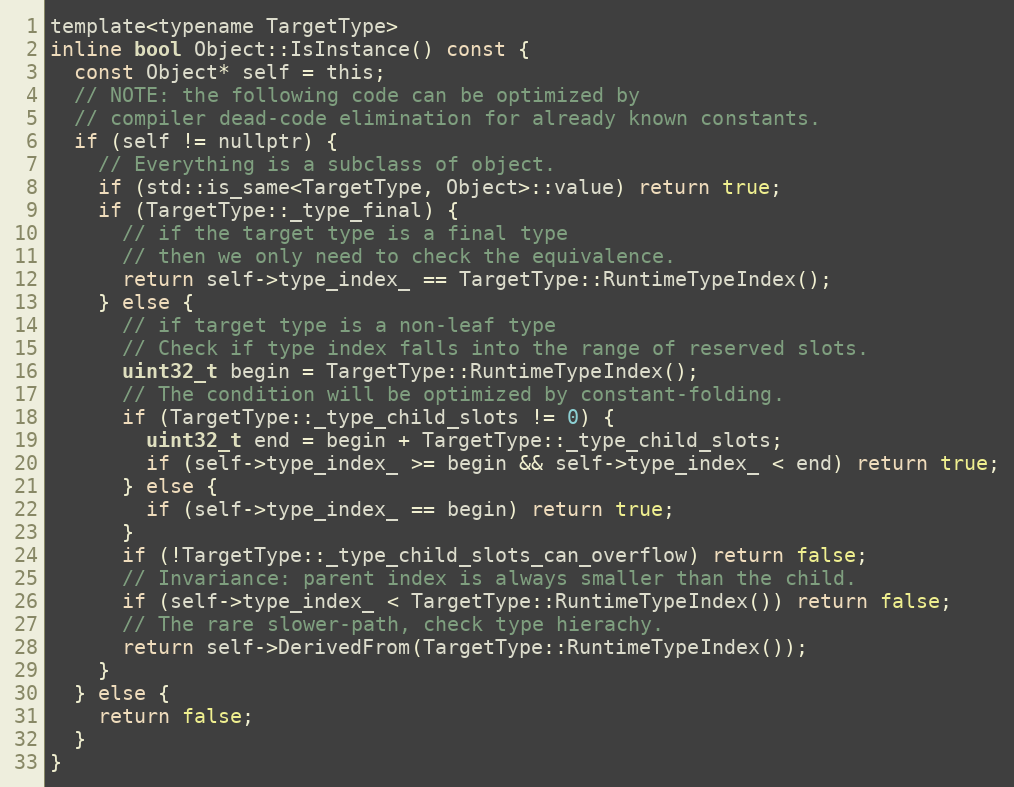
Language: C
template<typename TargetType>
inline bool Object::IsInstance() const {
  const Object* self = this;
  // NOTE: the following code can be optimized by
  // compiler dead-code elimination for already known constants.
  if (self != nullptr) {
    // Everything is a subclass of object.
    if (std::is_same<TargetType, Object>::value) return true;
    if (TargetType::_type_final) {
      // if the target type is a final type
      // then we only need to check the equivalence.
      return self->type_index_ == TargetType::RuntimeTypeIndex();
    } else {
      // if target type is a non-leaf type
      // Check if type index falls into the range of reserved slots.
      uint32_t begin = TargetType::RuntimeTypeIndex();
      // The condition will be optimized by constant-folding.
      if (TargetType::_type_child_slots != 0) {
        uint32_t end = begin + TargetType::_type_child_slots;
        if (self->type_index_ >= begin && self->type_index_ < end) return true;
      } else {
        if (self->type_index_ == begin) return true;
      }
      if (!TargetType::_type_child_slots_can_overflow) return false;
      // Invariance: parent index is always smaller than the child.
      if (self->type_index_ < TargetType::RuntimeTypeIndex()) return false;
      // The rare slower-path, check type hierachy.
      return self->DerivedFrom(TargetType::RuntimeTypeIndex());
    }
  } else {
    return false;
  }
}